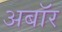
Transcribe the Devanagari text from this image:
अबॉर